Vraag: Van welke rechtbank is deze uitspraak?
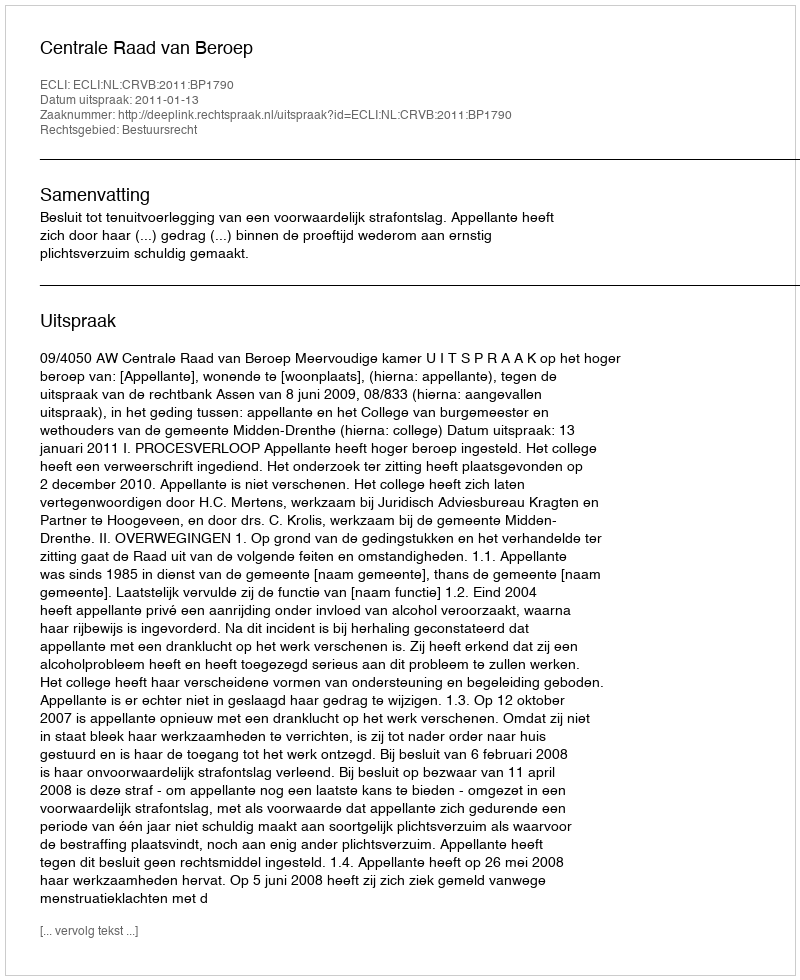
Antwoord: Centrale Raad van Beroep